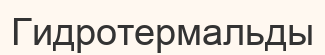
Гидротермальды